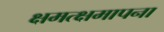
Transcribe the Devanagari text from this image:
क्षमत्क्षमापना